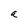
Character: a